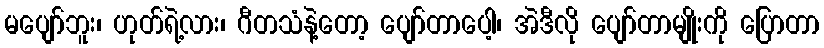
မပျော်ဘူး၊ ဟုတ်ရဲ့လား၊ ဂီတသံနဲ့တော့ ပျော်တာပေါ့၊ အဲဒီလို ပျော်တာမျိုးကို ပြောတာ